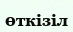
өткізіл